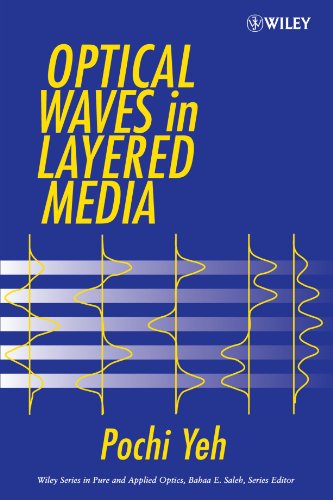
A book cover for Optical Waves in Layered Media; Pochi Yeh; Science & Math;